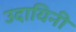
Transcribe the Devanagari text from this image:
उदायिनी